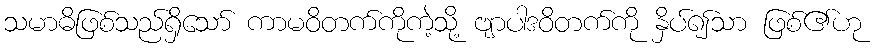
သမာဓိဖြစ်သည်ရှိသော် ကာမဝိတက်ကိုကဲ့သို့ ဗျာပါဒဝိတက်ကို နှိပ်၍သာ ဖြစ်၏ဟု